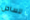
للساحل